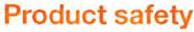
Product safety